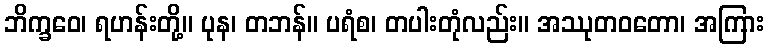
ဘိက္ခဝေ၊ ရဟန်းတို့။ ပုန၊ တဘန်။ ပရံစ၊ တပါးတုံလည်း။ အဿုတဝတော၊ အကြား